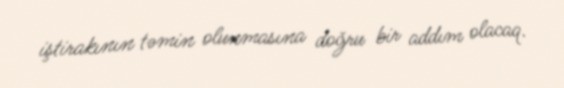
iştirakının təmin olunmasına doğru bir addım olacaq.